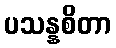
ပသန္နစိတာ